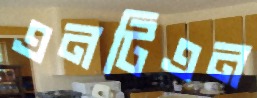
এনটিএন